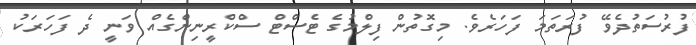
ފުރުސަތުދެވޭ ފުރަތަމަ ފަހަރެވެ. މިގޮތުން ފިލްމުގެ ޓެސްޓް ސްކްރީނިންގެއް ވަނީ ދެ ފަހަރަކު